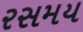
રસમય